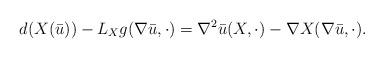
LaTeX: \begin{align*} d(X( \bar u)) - L_X g (\nabla \bar u ,\cdot )&= \nabla^2 \bar u (X, \cdot ) - \nabla X (\nabla \bar u,\cdot).\end{align*}